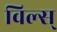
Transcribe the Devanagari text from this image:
विल्स्